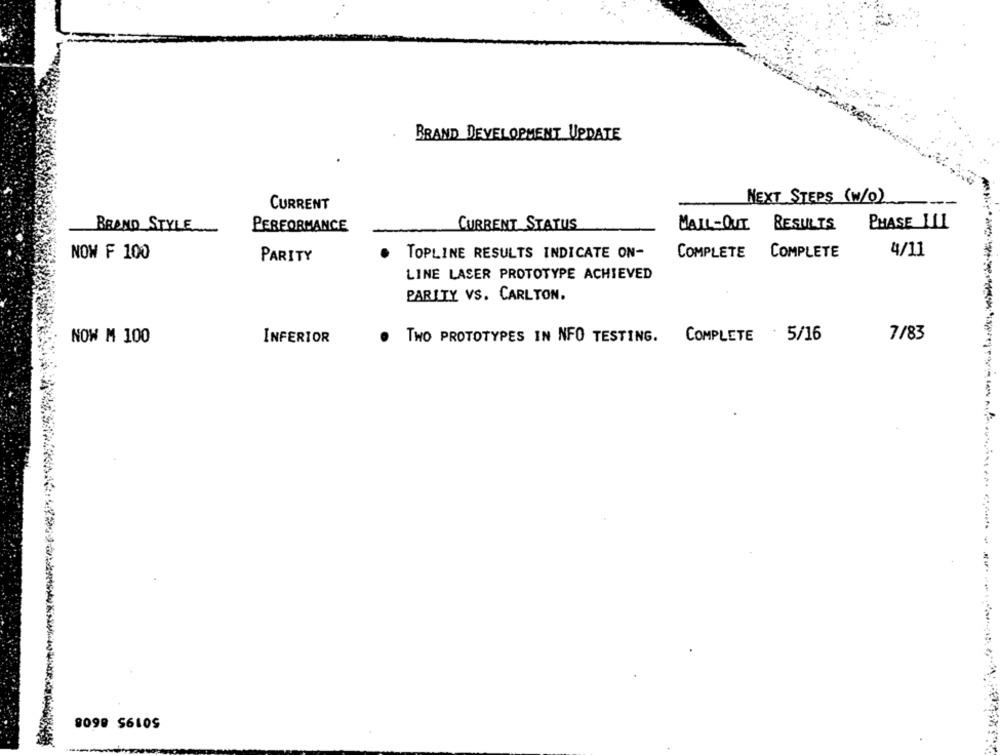
BRAND DEVELOPMENT UPDATE
NEXT STEPS (W/O)
CURRENT
CURRENT STATUS
MAIL-OUT
RESULTS
PHASE ILL
BRAND STYLE
PERFORMANCE
NOW F 100
TOPLINE RESULTS INDICATE ON-
COMPLETE
COMPLETE
4/11
PARITY
LINE LASER PROTOTYPE ACHIEVED
PARITY VS. CARLTON.
NOW M 100
INFERIOR
. TWO PROTOTYPES IN NFO TESTING.
COMPLETE
: 5/16
7/83
8099 $610S